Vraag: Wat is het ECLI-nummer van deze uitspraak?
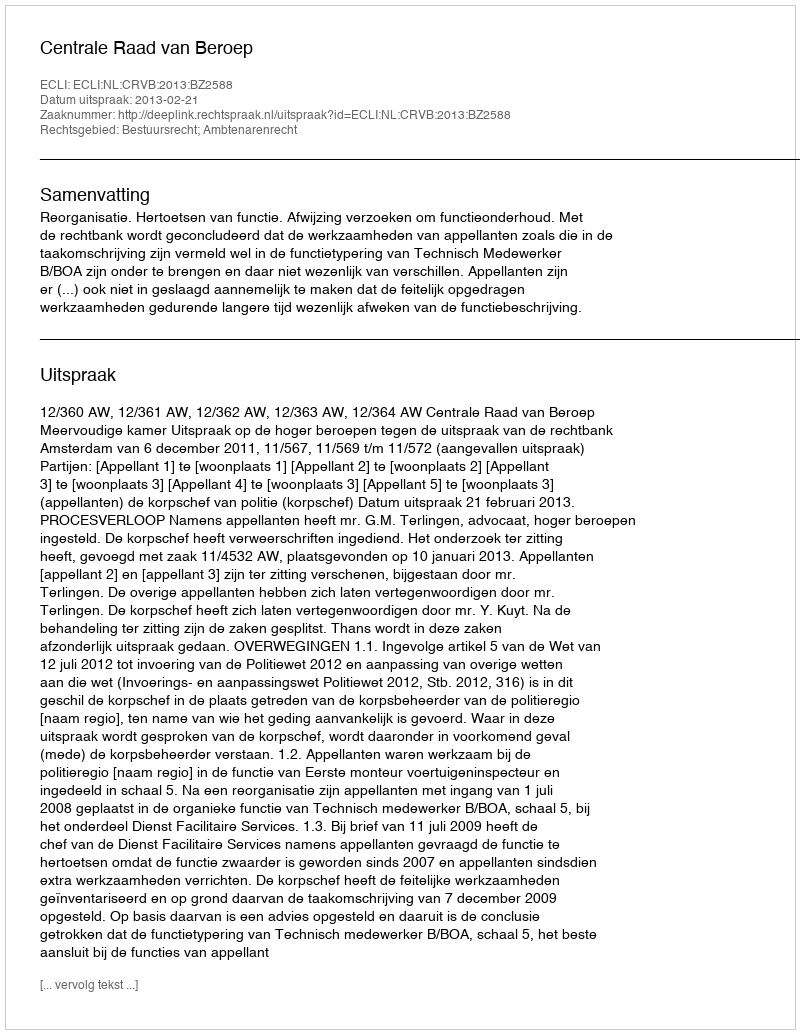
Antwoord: ECLI:NL:CRVB:2013:BZ2588